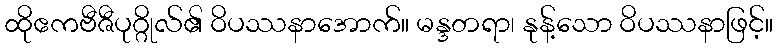
ထိုဧကဗီဇီပုဂ္ဂိုလ်၏ ဝိပဿနာအောက်။ မန္ဒတရာ၊ နုန့်သော ဝိပဿနာဖြင့်။